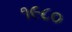
૧૯૮૦